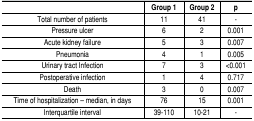
<table><thead><tr><td></td><td><b>Group 1</b></td><td><b>Group 2</b></td><td><b>p</b></td></tr></thead><tbody><tr><td>Total number of patients</td><td>11</td><td>41</td><td>-</td></tr><tr><td>Pressure ulcer</td><td>6</td><td>2</td><td>0.001</td></tr><tr><td>Acute kidney failure</td><td>5</td><td>3</td><td>0.007</td></tr><tr><td>Pneumonia</td><td>4</td><td>1</td><td>0.005</td></tr><tr><td>Urinary tract Infection</td><td>7</td><td>3</td><td>&lt;0.001</td></tr><tr><td>Postoperative infection</td><td>1</td><td>4</td><td>0.717</td></tr><tr><td>Death</td><td>3</td><td>0</td><td>0.007</td></tr><tr><td>Time of hospitalization - median, in days</td><td>76</td><td>15</td><td>0.001</td></tr><tr><td>Interquartile interval</td><td>39-110</td><td>10-21</td><td>-</td></tr></tbody></table>